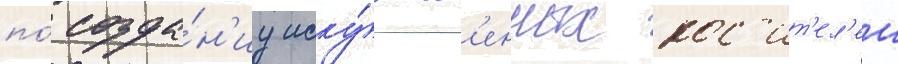
по́ созда́н'иу иску́сств'енных нос'ит'ел'еи